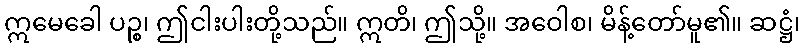
ဣမေခေါ ပဉ္စ၊ ဤငါးပါးတို့သည်။ ဣတိ၊ ဤသို့။ အဝေါစ၊ မိန့်တော်မူ၏။ ဆဋ္ဌံ၊